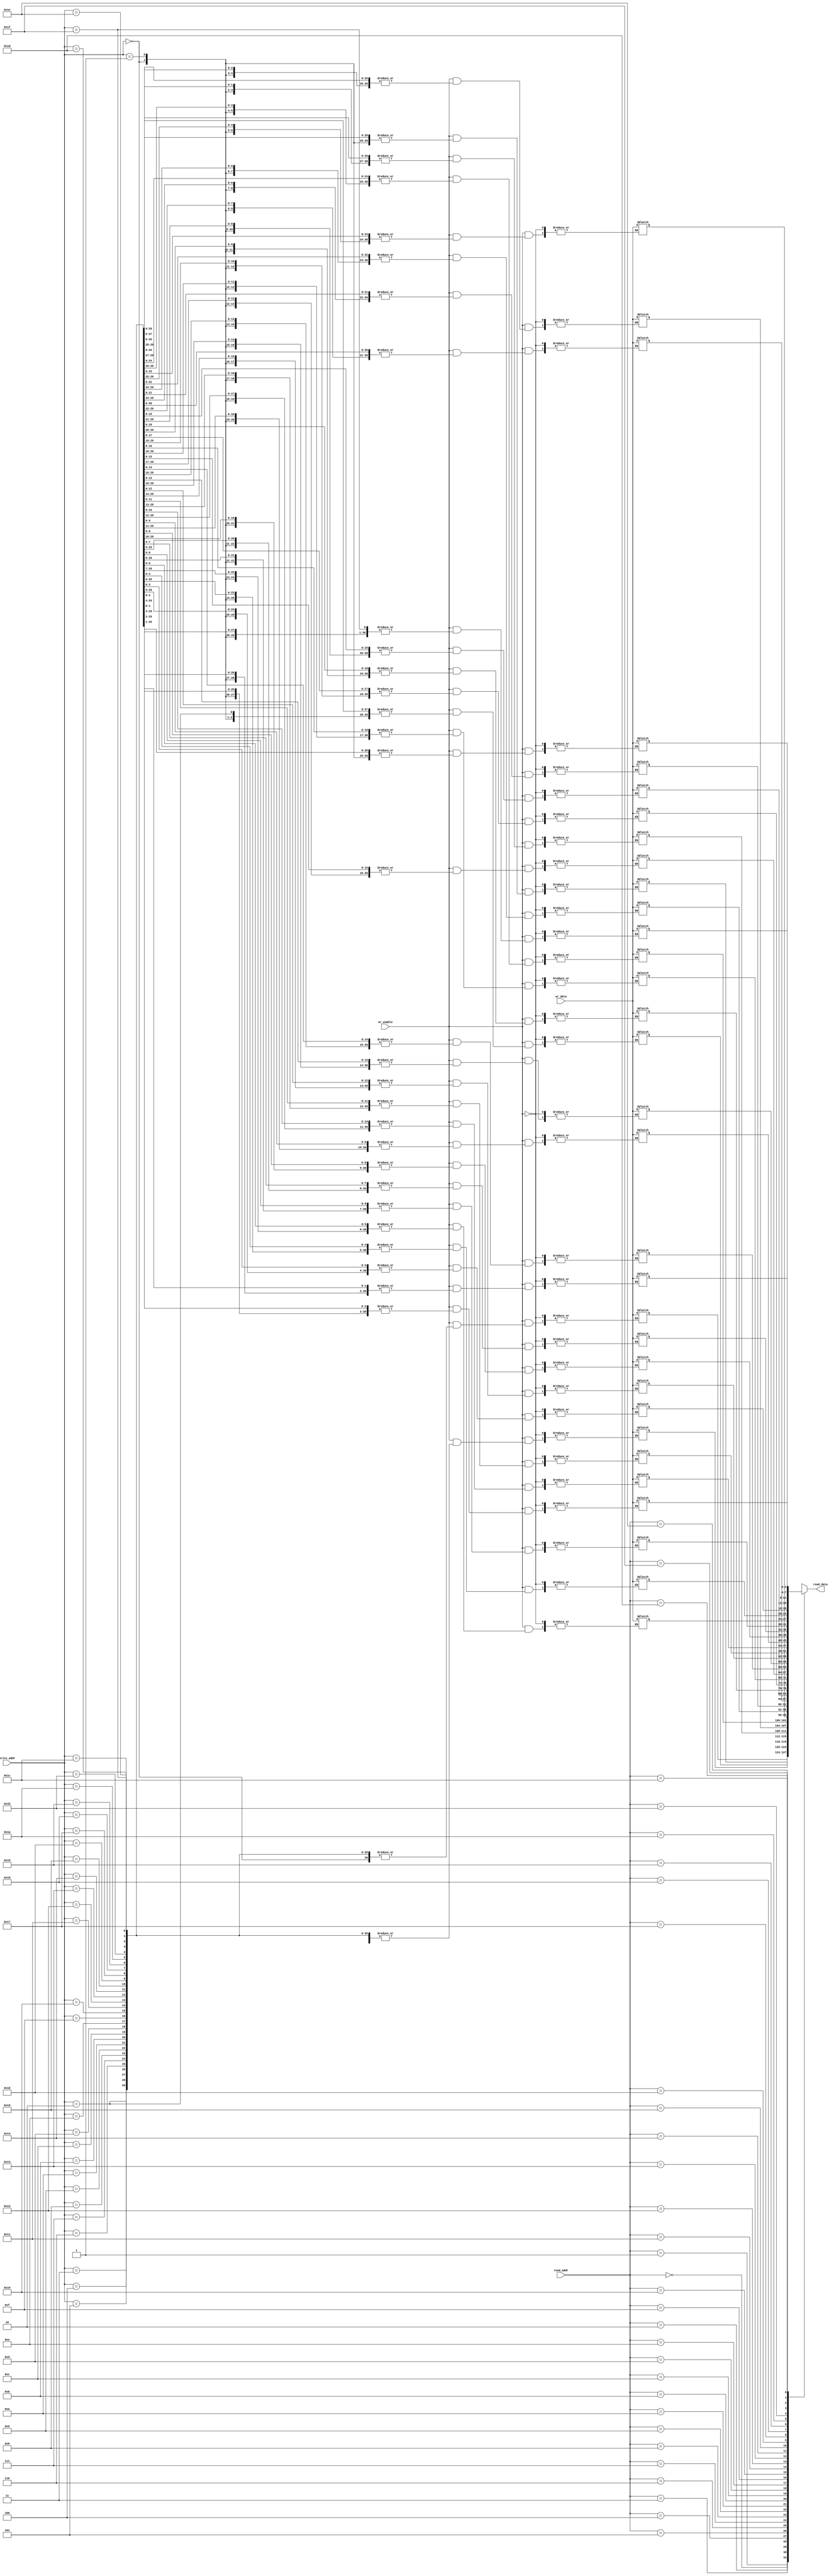
//32 by 4 --> 32 words where each word is 4 bits
module s_ram (
    input wire[4:0] read_addr,
    input wire[4:0] write_addr,
    input wire wr_enable,
    input wire[3:0] wr_data,
    output wire [3:0] read_data
);
 reg [3:0] mem[31:0];
 always @(*)
begin
if(wr_enable==1'b1)
begin
mem[write_addr]=wr_data;
end  
end   
assign read_data=mem[read_addr];  
endmodule

//tb
`timescale 1ns/10ps
module tb();
reg [4:0] r_a,w_a;
reg [3:0] w_d;
reg w_en;
wire [3:0] r_d;
s_ram instance0(
    .read_addr(r_a),
    .write_addr(w_a),
    .read_data(r_d),
    .wr_data(w_d),
    .wr_enable(w_en)
);
initial begin
w_en=1'b1;
r_a=5'b00001;
w_a=5'b00000;
w_d=4'b1010;
#40; 
w_en=1'b1;
r_a=5'b00000;
w_a=5'b00001;
w_d=4'b1111;
#40;
w_en=1'b0;
r_a=5'b00001;
w_a=5'b00000;
w_d=4'b1000;
#40;
w_en=1'b0;
r_a=5'b00000;
end
initial begin
    $monitor("wen = %b | w_data = %b | w_addr = %b | rd_data = %b | rd_addr = %b",w_en, w_d, w_a, r_d, r_a);
end
endmodule